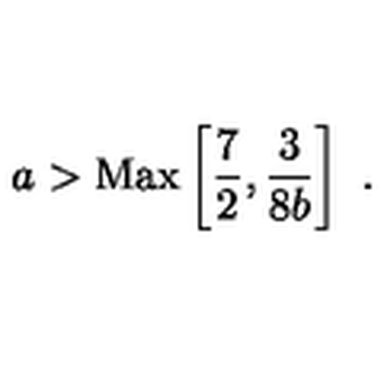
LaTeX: { { a } } > \mathrm { M a x } \left[ { \frac { 7 } { 2 } } , { \frac { 3 } { 8 { { b } } } } \right] \ .